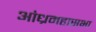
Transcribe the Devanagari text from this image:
आंध्रमहासभा